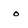
Character: o